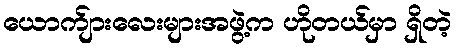
ယောက်ျားလေးများအဖွဲ့က ဟိုတယ်မှာ ရှိတဲ့